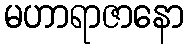
မဟာရာဇာနော